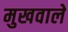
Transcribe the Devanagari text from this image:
मुखवाले